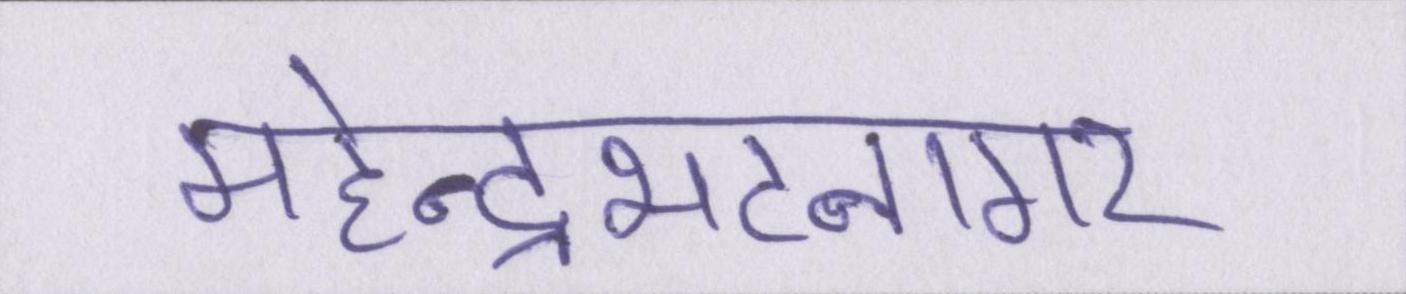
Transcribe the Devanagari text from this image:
महेन्द्रभटनागर